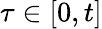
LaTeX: \tau\in[0,t]